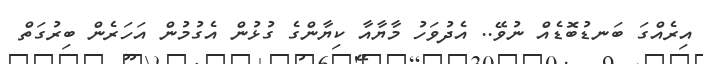
އިރެއްގަ ބަނޑުބޮޑެއް ނުވޭ.. އެދުވަހު މާޔާއާ ކިޔާންގެ ގުޅުން އެގުމުން އަހަރެން ބިރުގަތް